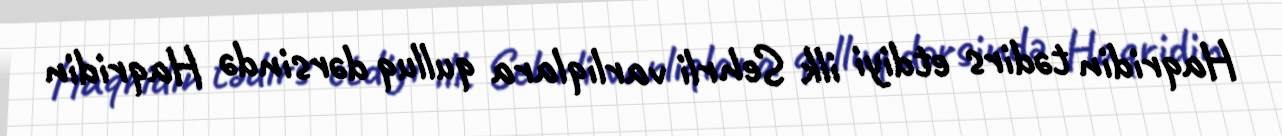
Haqridin tədirs etdiyi ilk Sehrli varlıqlara qulluq dərsində Haqridin